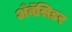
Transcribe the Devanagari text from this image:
अँबॅसिडर